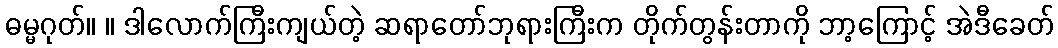
ဓမ္မဂုတ်။ ။ ဒါလောက်ကြီးကျယ်တဲ့ ဆရာတော်ဘုရားကြီးက တိုက်တွန်းတာကို ဘာ့ကြောင့် အဲဒီခေတ်